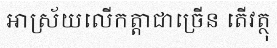
អាស្រ័យលើកត្តាជាច្រើន តើវត្ថុ